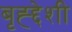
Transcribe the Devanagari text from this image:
बृह्द्देशी